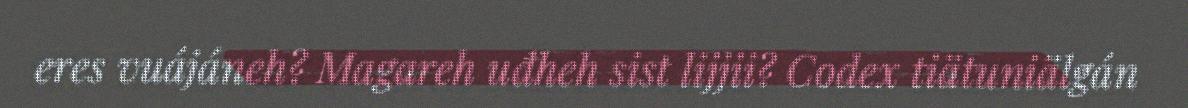
eres vuájáneh? Magareh uđheh sist lijjii? Codex tiätuniälgán